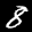
Label: 8